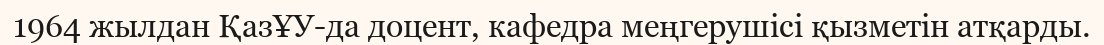
1964 жылдан ҚазҰУ-да доцент, кафедра меңгерушісі қызметін атқарды.